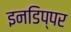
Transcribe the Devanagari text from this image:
इनडिप्पर